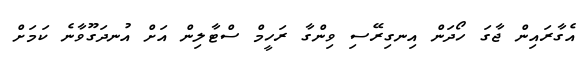
އެގާރައިން ޖާގަ ހޯދަން އިނގިރޭސި ވިންގާ ރަހީމް ސްޓާލިން އަށް އުނދަގޫވާނެ ކަމަށް